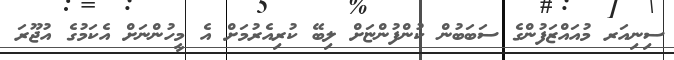
ސިނިއަރ މުއައްޒަފުންގެ ސަބަބުން ކުންފުންޏަށް ލިބޭ ކުރިއެރުމަށް އެ މީހުންނަށް އެކަމުގެ އުޖޫރަ